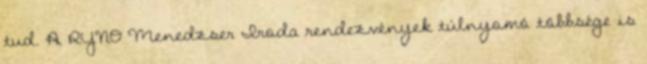
tud. A RYNO Menedzser Iroda rendezvények túlnyomó többsége is